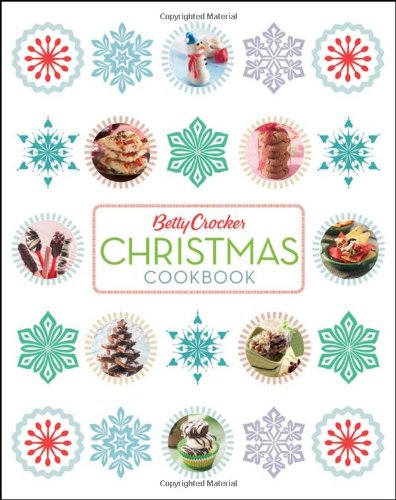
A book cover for Betty Crocker Christmas Cookbook 2e (Betty Crocker Cooking); Betty Crocker; Cookbooks, Food & Wine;